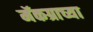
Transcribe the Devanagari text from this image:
मॅकग्राच्या